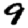
Digit: 9